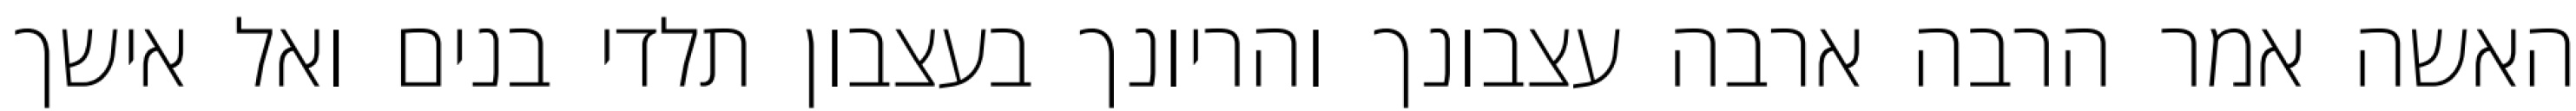
האשה אמר הרבה ארבה עצבונך והריונך בעצבון תלדי בנים ואל אישך